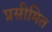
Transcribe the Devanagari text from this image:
प्रसीमित